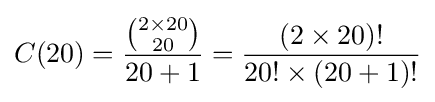
C(20)={\frac {\binom {2\times 20}{20}}{20+1}}={\frac {(2\times 20)!}{20!\times (20+1)!}}